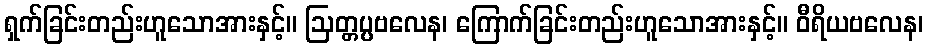
ရှက်ခြင်းတည်းဟူသောအားနှင့်။ ဩတ္တပ္ပဗလေန၊ ကြောက်ခြင်းတည်းဟူသောအားနှင့်။ ဝီရိယဗလေန၊